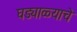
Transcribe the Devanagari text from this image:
घड्याळ्याचे